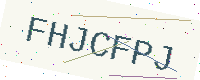
Text: FHJCFPJ